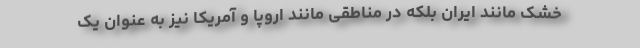
خشک مانند ایران بلکه در مناطقی مانند اروپا و آمریکا نیز به عنوان یک